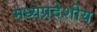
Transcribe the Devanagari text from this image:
मध्यप्रदेशीय